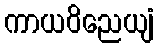
ကာယဝိညေယျံ